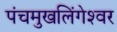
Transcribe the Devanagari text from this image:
पंचमुखलिंगेश्‍वर